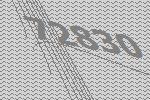
72830